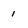
Character: 1